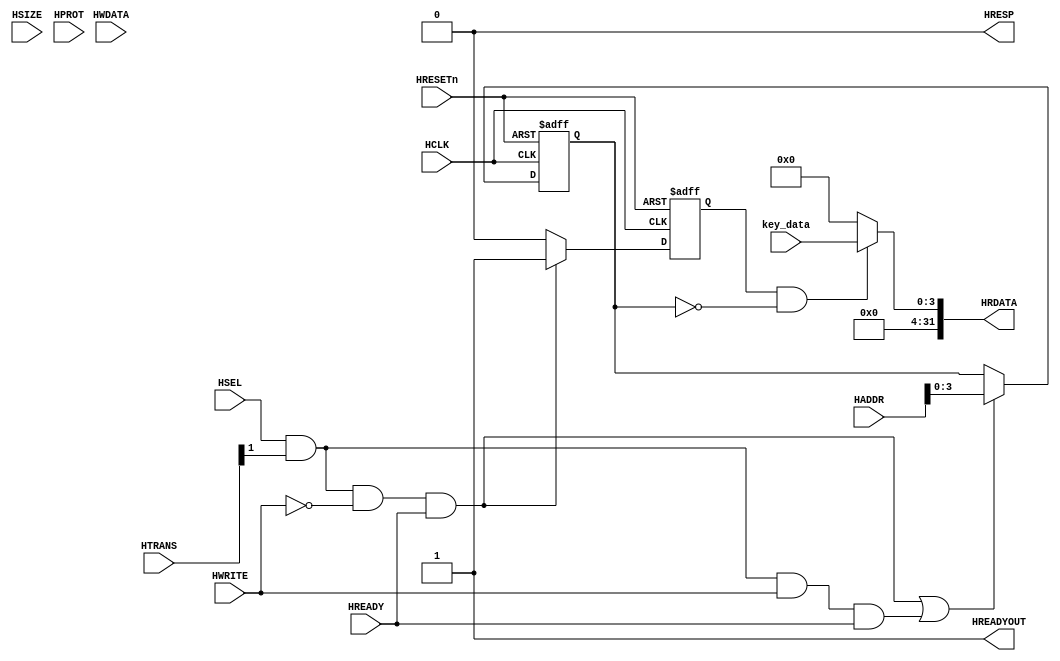
module AHblite_key(
    input  wire          HCLK,    
    input  wire          HRESETn, 
    input  wire          HSEL,    
    input  wire   [31:0] HADDR,   
    input  wire    [1:0] HTRANS,  
    input  wire    [2:0] HSIZE,   
    input  wire    [3:0] HPROT,   
    input  wire          HWRITE,  
    input  wire   [31:0] HWDATA,  
    input  wire          HREADY,  
    output wire          HREADYOUT, 
    output wire   [31:0] HRDATA,  
    output wire          HRESP,
    input  wire   [3:0]  key_data
);
    
assign HRESP = 1'b0;
assign HREADYOUT = 1'b1;
//
wire write_en;
assign write_en=HSEL&HTRANS[1]&(HWRITE)&HREADY;
wire read_en;
assign read_en=HSEL&HTRANS[1]&(~HWRITE)&HREADY;
reg wr_en_reg;
always@(posedge HCLK or negedge HRESETn) begin
  if(~HRESETn) wr_en_reg <= 1'b0;
  else if(write_en) wr_en_reg <= 1'b1;
  else wr_en_reg <= 1'b0;
end

reg [3:0] addr_reg;
always@(posedge HCLK or negedge HRESETn) begin
  if(~HRESETn) addr_reg <= 4'h0;
  else if(read_en || write_en) addr_reg <= HADDR[3:0];
end

reg rd_en_reg;
always@(posedge HCLK or negedge HRESETn) begin
  if(~HRESETn) rd_en_reg <= 1'b0;
  else if(read_en) rd_en_reg <= 1'b1;
  else rd_en_reg <= 1'b0;
end

assign HRDATA = (rd_en_reg  & (addr_reg == 4'h0)) ? {28'b0,key_data} : 32'd0;
endmodule //AHblite_key